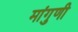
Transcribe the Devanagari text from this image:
मांगुणी